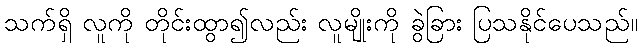
သက်ရှိ လူကို တိုင်းထွာ၍လည်း လူမျိုးကို ခွဲခြား ပြသနိုင်ပေသည်။